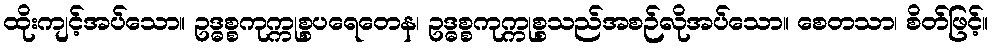
ထိုးကျင့်အပ်သော။ ဥဒ္ဓစ္စကုက္ကုစ္စပရေတေန၊ ဥဒ္ဓစ္စကုက္ကုစ္စသည်အစဉ်လိုအပ်သော။ စေတသာ၊ စိတ်ဖြင့်။